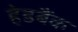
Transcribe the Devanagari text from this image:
हेडबैंक